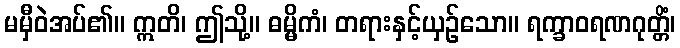
မမှီဝဲအပ်၏။ ဣတိ၊ ဤသို့။ ဓမ္မိကံ၊ တရားနှင့်ယှဉ်သော။ ရက္ခာဝရဏဂုတ္တိံ၊